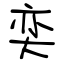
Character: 奕